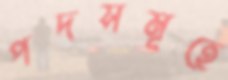
পদসমূহে